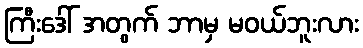
ကြီးဒေါ် အတွက် ဘာမှ မဝယ်ဘူးလား